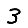
Digit: 3